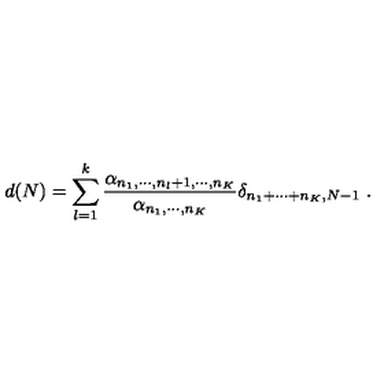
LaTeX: d ( N ) = \sum _ { l = 1 } ^ { k } \frac { \alpha _ { n _ { 1 } , \cdots , n _ { l } + 1 , \cdots , n _ { K } } } { \alpha _ { n _ { 1 } , \cdots , n _ { K } } } \delta _ { n _ { 1 } + \cdots + n _ { K } , N - 1 } \ .